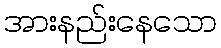
အားနည်းနေသော